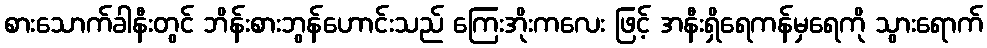
စားသောက်ခါနီးတွင် ဘိန်းစားဘွန်ဟောင်းသည် ကြေးအိုးကလေး ဖြင့် အနီးရှိရေကန်မှရေကို သွားရောက်